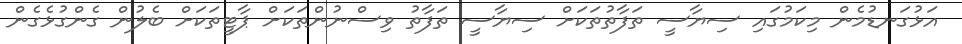
އަޅުގަނޑުމެން މިކަމުގައި ސިޔާސީ ތަފާތުތަކަށް ސިޔާސީ ތަފާތު ވިސްނުންތަކަށް ޕާޓީތަކަށް ބެލުން ގެންގުޅެގެން